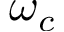
\omega _ { c }